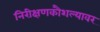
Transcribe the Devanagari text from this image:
निरीक्षणकौशल्यावर